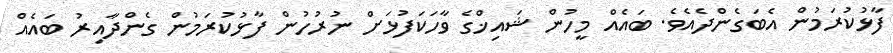
ފާޅުކުރަމުން އެބަގެންދެއެވެ. ބައެއް މީހުން ޝައިޚްގެ ވާހަކަފުޅަށް ނުރުހުން ފާޅުކުރަމުން ގެންދާއިރު ބައެއް